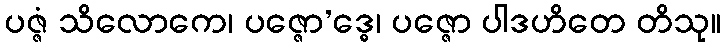
ပဇ္ဇံ သိလောကေ၊ ပဇ္ဇော’ဒ္ဓေ၊ ပဇ္ဇော ပါဒဟိတေ တိသု။